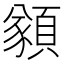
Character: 𩔀